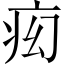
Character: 𬏠